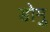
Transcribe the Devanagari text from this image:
डोमु